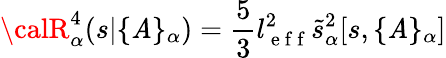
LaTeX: {\calR}_{\alpha}^{4}(s|\{ \mathit{A}\} _{\alpha})=\frac{5}{3}l_{\mathrm{{~e~f~f~}}}^{2}\tilde{{s}}_{\alpha}^{2}[s,\{ \mathit{A}\} _{\alpha}]